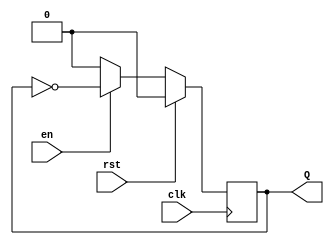
module Ej2(clk,Q,rst,en);
input wire clk;
input wire rst;
input wire en;
output reg Q;
initial Q = 0;
always @(posedge clk)
begin
  if (rst == 1) begin
    Q <= 0;
  end else if (rst == 0) begin
    if (en == 0) begin
      Q <= 0;
    end else if (en == 1) begin
      Q <= ~Q;
    end
  end
end
endmodule